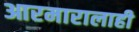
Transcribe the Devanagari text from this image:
आरमारालाही